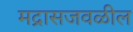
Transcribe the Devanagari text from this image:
मद्रासजवळील